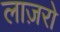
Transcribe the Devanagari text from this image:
लाज़रो